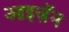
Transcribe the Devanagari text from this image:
आइज़ॅन